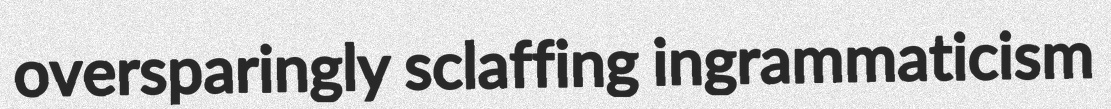
oversparingly sclaffing ingrammaticism